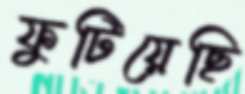
ফুটিয়েছি